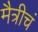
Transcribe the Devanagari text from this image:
मैत्रीचं